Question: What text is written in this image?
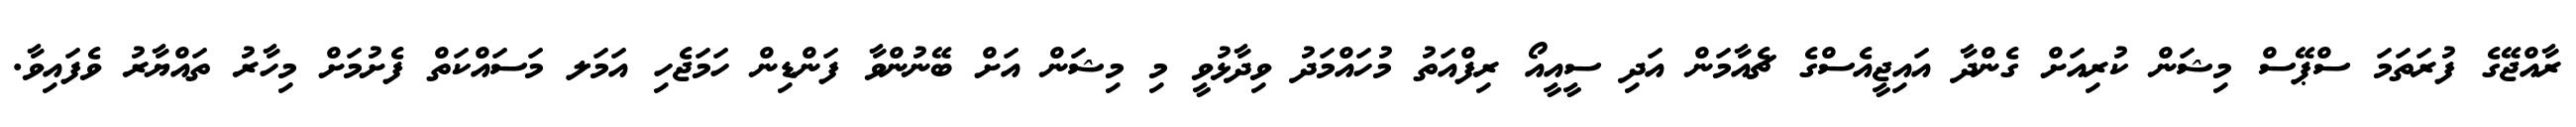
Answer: ރާއްޖޭގެ ފުރަތަމަ ސްޕޭސް މިޝަން ކުރިއަށް ގެންދާ އައިޖީއެސްގެ ޗެއާމަން އަދި ސީއީއޯ ރިފްއަތު މުހައްމަދު ވިދާޅުވީ މި މިޝަން އަށް ބޭނުންވާ ފަންޑިން ހަމަޖެހި އަމަލ މަސައްކަތް ފެށުމަށް މިހާރު ތައްޔާރު ވެފައިވާ.